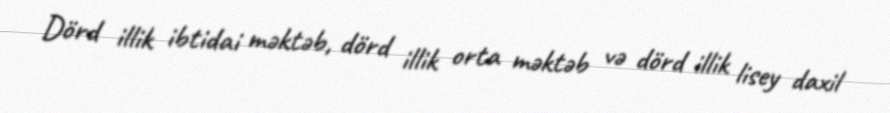
Dörd illik ibtidai məktəb, dörd illik orta məktəb və dörd illik lisey daxil